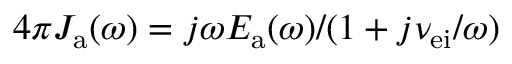
4 \pi J _ { \mathrm { a } } ( \omega ) = j \omega E _ { \mathrm { a } } ( \omega ) / ( 1 + j \nu _ { \mathrm { e i } } / \omega )